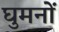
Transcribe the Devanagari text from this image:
घुमनों